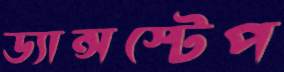
ড্যান্সস্টেপ